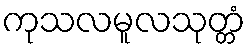
ကုသလမူလသုတ္တံ